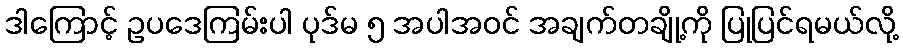
ဒါကြောင့် ဥပဒေကြမ်းပါ ပုဒ်မ ၅ အပါအဝင် အချက်တချို့ကို ပြုပြင်ရမယ်လို့